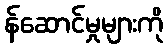
န်ဆောင်မှုများကို